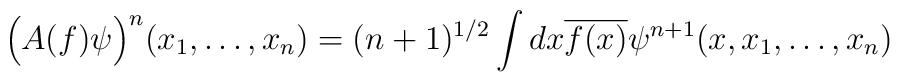
\Big(A(f)\psi\Big)^n(x_1,\ldots,x_n)=(n+1)^{1/2}\int  dx\overline{f(x)}\psi^{n+1}(x,x_1,\ldots,x_n)